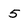
Character: 5